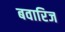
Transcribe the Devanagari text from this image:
बवारिज